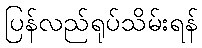
ပြန်လည်ရုပ်သိမ်းရန်